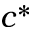
c ^ { * }